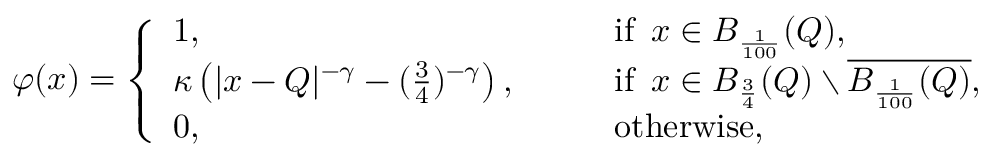
\varphi ( x ) = \left\{ \begin{array} { l l } { 1 , \qquad } & { \mathrm { i f } \, \, \, x \in B _ { \frac { 1 } { 1 0 0 } } ( Q ) , } \\ { \kappa \left( | x - Q | ^ { - \gamma } - ( \frac { 3 } { 4 } ) ^ { - \gamma } \right) , \qquad } & { \mathrm { i f } \, \, \, x \in B _ { \frac { 3 } { 4 } } ( Q ) \setminus \overline { { B _ { \frac { 1 } { 1 0 0 } } ( Q ) } } , } \\ { 0 , \qquad } & { \mathrm { o t h e r w i s e } , } \end{array} \right.